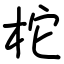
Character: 柁